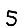
Digit: 5